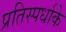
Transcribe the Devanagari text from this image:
प्रतिस्पर्धाके